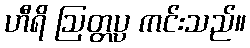
ဟီရိ ဩတ္တပ္ပ ကင်းသည်။